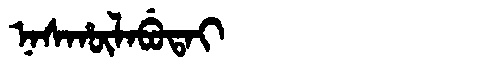
Manchu: ᠨᠠᠰᡥᡡᠯᠠᠪᡠᡨᠠᡳ
Romanization: NASHŪLABUTAI